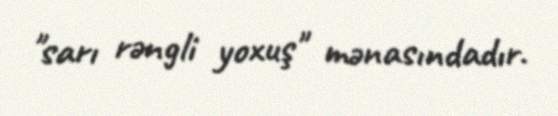
"sarı rəngli yoxuş" mənasındadır.